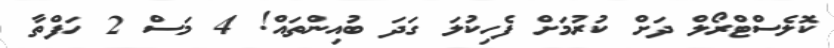
ކޮލެސްޓްރޯލް ދަށް ކުރުމަށް ފެހިކުލަ ގަދަ ބުއިންތައް! 4 މަސް 2 ހަފްތާ